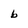
Character: b